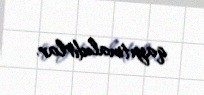
qayıtmalıdırlar.